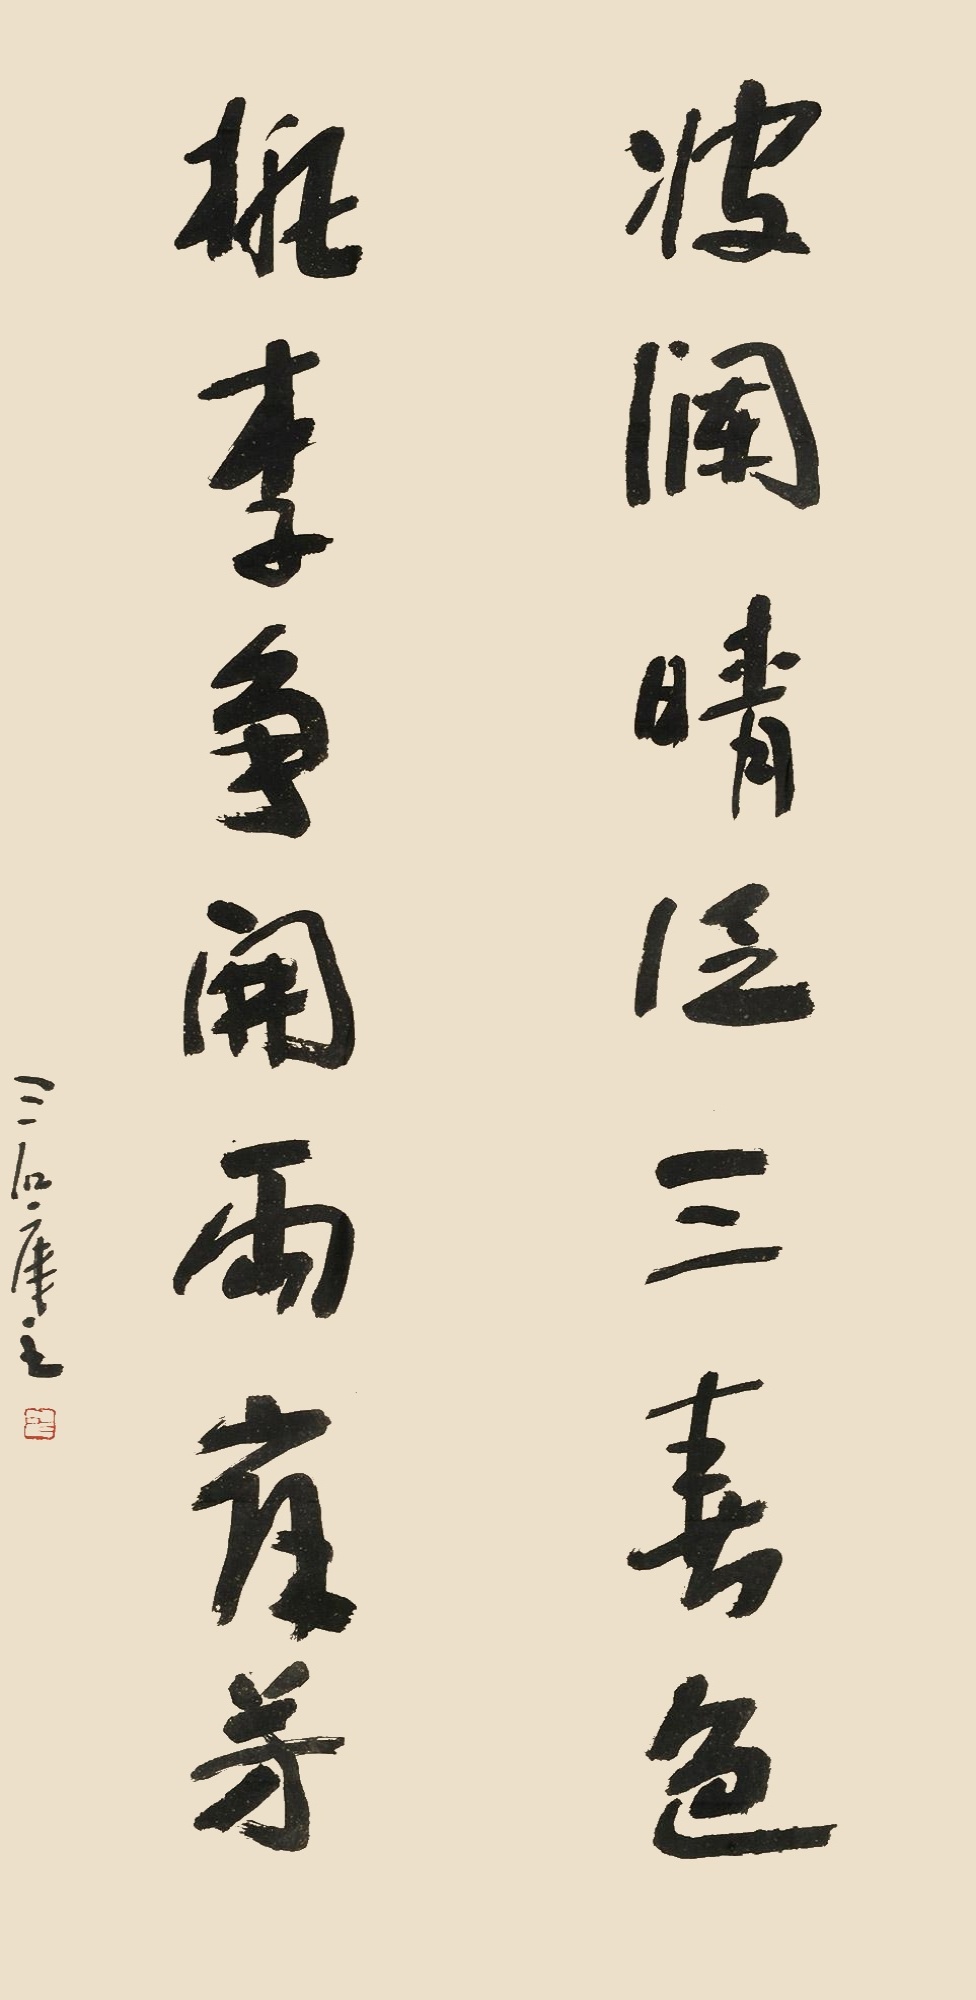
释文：波澜晴泛三春色，桃李争开两岸芳。三石楼主。